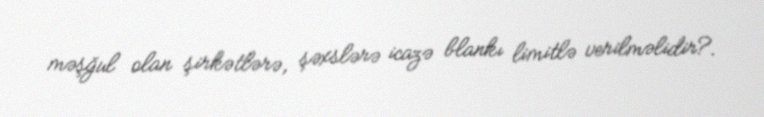
məşğul olan şirkətlərə, şəxslərə icazə blankı limitlə verilməlidir?.